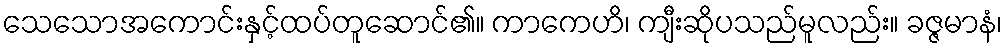
သေသောအကောင်းနှင့်ထပ်တူဆောင်၏။ ကာကေဟိ၊ ကျီးဆိုပသည်မူလည်း။ ခဇ္ဇမာနံ၊